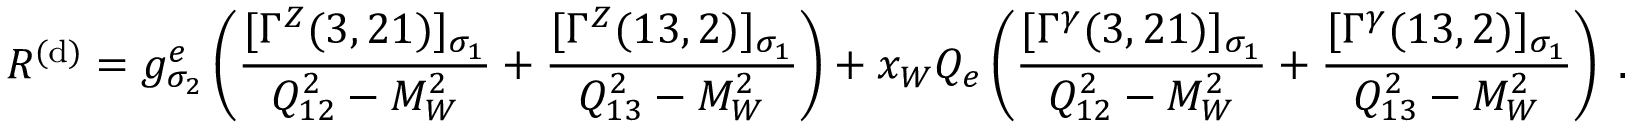
{ \cal R } ^ { ( \mathrm { d } ) } = g _ { \sigma _ { 2 } } ^ { e } \left( \frac { [ \Gamma ^ { Z } ( 3 , 2 1 ) ] _ { \sigma _ { 1 } } } { Q _ { 1 2 } ^ { 2 } - M _ { W } ^ { 2 } } + \frac { [ \Gamma ^ { Z } ( 1 3 , 2 ) ] _ { \sigma _ { 1 } } } { Q _ { 1 3 } ^ { 2 } - M _ { W } ^ { 2 } } \right) + x _ { W } Q _ { e } \left( \frac { [ \Gamma ^ { \gamma } ( 3 , 2 1 ) ] _ { \sigma _ { 1 } } } { Q _ { 1 2 } ^ { 2 } - M _ { W } ^ { 2 } } + \frac { [ \Gamma ^ { \gamma } ( 1 3 , 2 ) ] _ { \sigma _ { 1 } } } { Q _ { 1 3 } ^ { 2 } - M _ { W } ^ { 2 } } \right) \; .